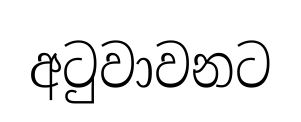
අටුවාවනට